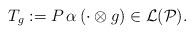
LaTeX: \begin{align*} T_g := P \, \alpha \, (\cdot \otimes g) \in \mathcal{L}(\mathcal{P}). \end{align*}